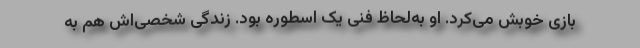
بازی خوبش می‌کرد. او به‌لحاظ فنی یک اسطوره بود. زندگی شخصی‌اش هم به